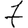
Digit: 7